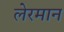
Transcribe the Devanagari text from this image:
लेरमान